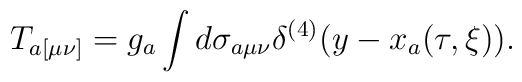
T_{a[\mu\nu]}=g_a\int d\sigma_{a\mu\nu}\delta^{(4)}(y-x_a(\tau,\xi)).